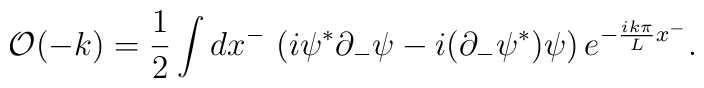
{\cal O}(-k) = {1 \over 2}\int dx^- \, \left( i \psi^* \partial_- \psi - i(\partial_- \psi^*) \psi \right)  e^{- {i k \pi \over L} x^-} .